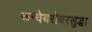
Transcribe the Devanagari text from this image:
कन्येबरोबरसुद्धा